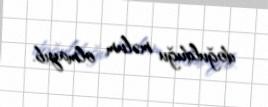
doğulduğu məlum olmayıb.